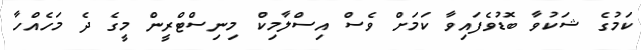
ކަމުގެ ޝަކުވާ ބޮޑުވެފައިވާ ކަމަށް ވެސް އިސްލާމިކް މިނިސްޓްރީން މީގެ ދެ މަހެއްހާ